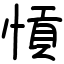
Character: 愩